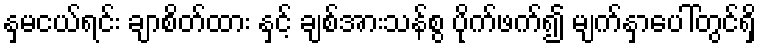
နှမငယ်ရင်း ချာစိတ်ထား နှင့် ချစ်အားသန်စွ ပိုက်ဖက်၍ မျက်နှာပေါ်တွင်ရှိ